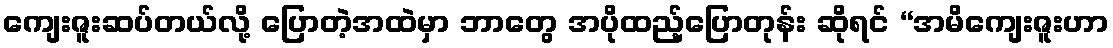
ကျေးဇူးဆပ်တယ်လို့ ပြောတဲ့အထဲမှာ ဘာတွေ အပိုထည့်ပြောတုန်း ဆိုရင် “အမိကျေးဇူးဟာ